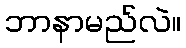
ဘာနာမည်လဲ။